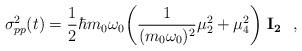
LaTeX: \begin{align*}\sigma^2_{pp}(t) = {1\over 2} \hbar m_0\omega_0\biggl( {1\over (m_0 \omega_0)^2 }\mu^2_2 +\mu^2_4\biggr) \ {\bf I_2} \ \ ,\end{align*}